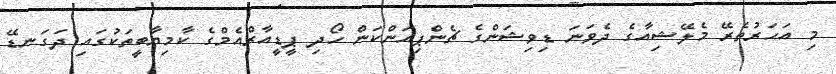
މި އަހަރުތެރޭ މެލޭޝިއާގެ ދެވަނަ ޑިވިޝަންގެ ޗެންޕިއަންކަން ހޯދި ޕީޑީއާރްއެމްގެ ކާމިޔާބީތަކުގައި ދަގަނޑޭ